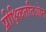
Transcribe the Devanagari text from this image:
प्रीक्ष्किततिओन